Report on vaccination in the Province of Bengal - 1869-1873
Year: 1869
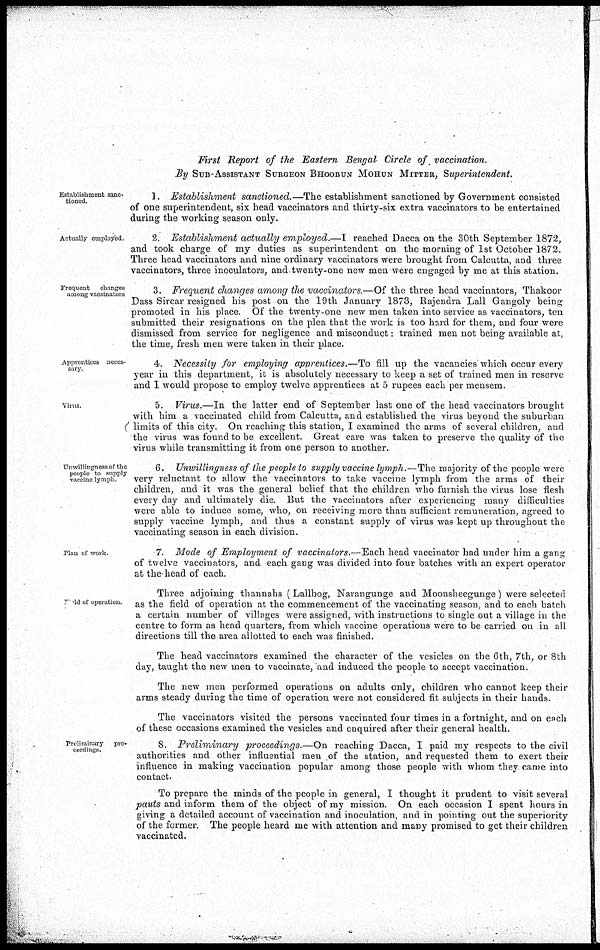
First Report of the Eastern Bengal Circle of vaccination.
By SUB-ASSISTANT SURGEON BHOOBUN MOHUN MITTER, Superintendent.
Establishment sanc¬
tioned.
1. Establishment sanctioned.—The establishment sanctioned by Government consisted
of one superintendent, six head vaccinators and thirty-six extra vaccinators to be entertained
during the working season only.
Actually employed
2 Establishment actually employed.—I reached Dacca on the 30th September 1872,
and took charge of my duties as superintendent on the morning of 1st October 1872.
Three head vaccinators and nine ordinary vaccinators were brought from Calcutta, and three
vaccinators, three inoculators, and twenty-one new men were engaged by me at this station.
Frequent
changes
among vaccinators
3. Frequent changes among the vaccinators.—Of the three head vaccinators, Thakoor
Dass Sircar resigned his post on the 19 th January 1873, Rajendra Lall Gangoly being
promoted in his place. Of the twenty-one new men taken into service as vaccinators, ten
submitted their resignations on the plea that the work is too hard for them, and four were
dismissed from service for negligence and misconduct: trained men not being available at,
the time, fresh men were taken in their place.
Apprentices neces-
sary
4. Necessity for employing apprentices.—To fill up the vacancies which occur every
year in this department, it is absolutely necessary to keep a set of trained men in reserve
and I would propose to employ twelve apprentices at 5 rupees each per mensem.
Virus
5. Virus.—In the latter end of September last one of the head vaccinators brought
with him a vaccinated child from Calcutta, and established the virus beyond the suburban
limits of this city. On reaching this station, I examined the arms of several children, and
the virus was found to be excellent. Great care was taken to preserve the quality of the
virus while transmitting it from one person to another.
Unwillingness of the
people to supply
vaccine lymph.
6. Unwillingness of the people to supply vaccine lymph.—The majority of the people were
very reluctant to allow the vaccinators to take vaccine lymph from the arms of their
children, and it was the general belief that the children who furnish the virus lose flesh
every day and ultimately die. But the vaccinators after experiencing many difficulties
were able to induce some, who, on receiving more than sufficient remuneration, agreed to
supply vaccine lymph, and thus a constant supply of virus was kept up throughout the
vaccinating season in each division.
Plan of work.
7. Mode of Employment of vaccinators.—Each head vaccinator had under him a gang
of twelve vaccinators, and each gang was divided into four batches with an expert operator
at the head of each.
Bold of operation.
Three adjoining thannahs (Lallbog, Narangunge and Moonsheegunge) were selected
as the field of operation at the commencement of the vaccinating season, and to each batch
a certain number of villages were assigned, with instructions to single out a village in the
centre to form as head quarters, from which vaccine operations were to be carried on in all
directions till the area allotted to each was finished.
The head vaccinators examined the character of the vesicles on the 6th, 7th, or 8th
day, taught the new men to vaccinate, and induced the people to accept vaccination.
The new men performed operations on adults only, children who cannot keep their
arms steady during the time of operation were not considered fit subjects in their hands.
The vaccinators visited the persons vaccinated four times in a fortnight, and on each
of these occasions examined the vesicles and enquired after their general health.
Preliminary pro-
ceedings.
8. Preliminary
proceedings.—On reaching Dacca, I paid my respects to the civil
authorities and other influential men of the station, and requested them to exert their
influence in making vaccination popular among those people with whom they came into
contact.
To prepare the minds of the people in general, I thought it prudent to visit several
pauts and inform them of the object of my mission. On each occasion I spent hours in
giving a detailed account of vaccination and inoculation, and in pointing out the superiority
of the former. The people heard me with attention and many promised to get their children
vaccinated.